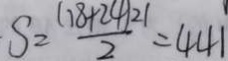
S = \frac { ( 1 8 + 2 4 ) 2 1 } { 2 } = 4 4 1